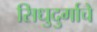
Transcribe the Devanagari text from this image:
सिधुदुर्गाचे